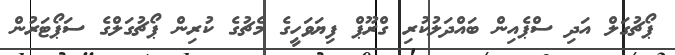
ޕޯޗުގަލް އަދި ސްޕެއިން ބައްދަލުކުރި ގްރޫޕް ފިޔަވަހީގެ މެޗުގެ ކުރިން ޕޯޗުގަލްގެ ސަޕޯޓަރުން